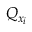
Q _ { x _ { i } }